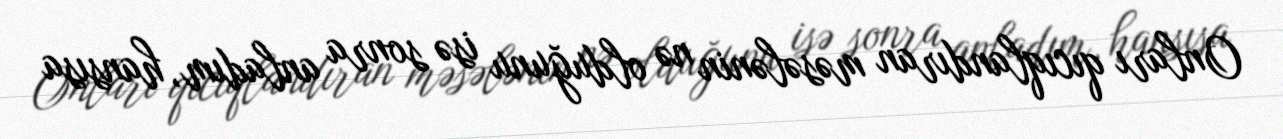
Onları qıcıqlandıran məsələnin nə olduğunu isə sonra anladım, hansısa